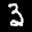
Label: 3